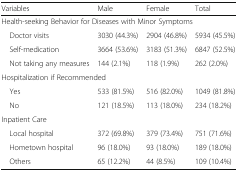
<table><thead><tr><td><b>Variables</b></td><td><b>Male</b></td><td><b>Female</b></td><td><b>Total</b></td></tr></thead><tbody><tr><td colspan="4">Health-seeking Behavior for Diseases with Minor Symptoms</td></tr><tr><td> Doctor visits</td><td>3030 (44.3%)</td><td>2904 (46.8%)</td><td>5934 (45.5%)</td></tr><tr><td> Self-medication</td><td>3664 (53.6%)</td><td>3183 (51.3%)</td><td>6847 (52.5%)</td></tr><tr><td> Not taking any measures</td><td>144 (2.1%)</td><td>118 (1.9%)</td><td>262 (2.0%)</td></tr><tr><td colspan="4">Hospitalization if Recommended</td></tr><tr><td> Yes</td><td>533 (81.5%)</td><td>516 (82.0%)</td><td>1049 (81.8%)</td></tr><tr><td> No</td><td>121 (18.5%)</td><td>113 (18.0%)</td><td>234 (18.2%)</td></tr><tr><td colspan="4">Inpatient Care</td></tr><tr><td> Local hospital</td><td>372 (69.8%)</td><td>379 (73.4%)</td><td>751 (71.6%)</td></tr><tr><td> Hometown hospital</td><td>96 (18.0%)</td><td>93 (18.0%)</td><td>189 (18.0%)</td></tr><tr><td> Others</td><td>65 (12.2%)</td><td>44 (8.5%)</td><td>109 (10.4%)</td></tr></tbody></table>